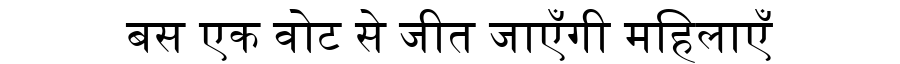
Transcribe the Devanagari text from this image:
बस एक वोट से जीत जाएँगी महिलाएँ